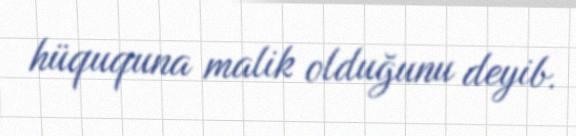
hüququna malik olduğunu deyib.